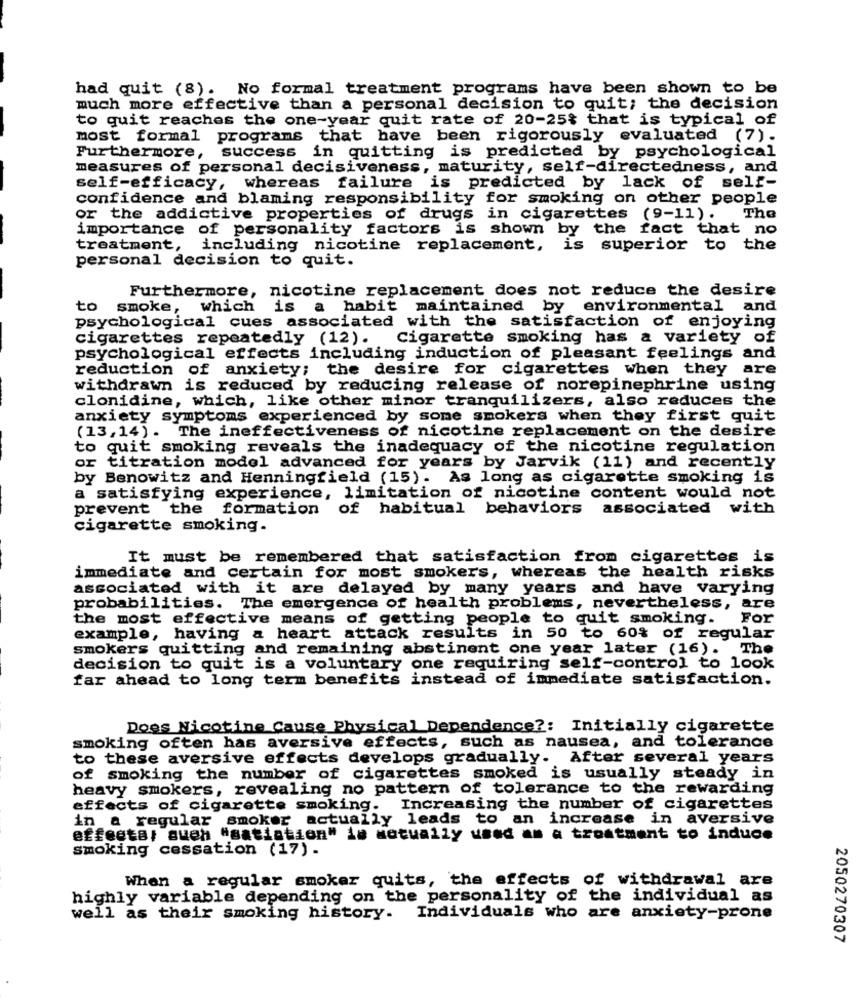
had quit (8). No formal treatment programs have been shown to be
much more effective than a personal decision to quit; the decision
to quit reaches the one-year quit rate of 20-25% that is typical of
most formal programs that have been rigorously evaluated (7).
Furthermore, success in quitting is predicted by psychological
measures of personal decisiveness, maturity, self-directedness, and
self-efficacy, whereas failure is predicted by lack of self-
confidence and blaming responsibility for smoking on other people
or the addictive properties of drugs in cigarettes (9-11). The
importance of personality factors is shown by the fact that no
treatment, including nicotine replacement, is superior to the
personal decision to quit.
Furthermore, nicotine replacement does not reduce the desire
to smoke,
, which is a habit maintained by environmental and
psychological cues associated with the satisfaction of enjoying
cigarettes repeatedly (12).
Cigarette smoking has a variety of
psychological effects including induction of pleasant feelings and
reduction of anxiety; the desire for cigarettes when they are
withdrawn is reduced by reducing release of norepinephrine using
clonidine, which, like other minor tranquilizers, also reduces the
anxiety symptoms experienced by some smokers when they first quit
(13,14). The ineffectiveness of nicotine replacement on the desire
to quit smoking reveals the inadequacy of the nicotine regulation
or titration model advanced for years by Jarvik (11) and recently
by Benowitz and Henningfield (15). As long as cigarette smoking is
a satisfying experience, limitation of nicotine content would not
prevent the formation of habitual behaviors
associated with
cigarette smoking.
It must be remembered that satisfaction from cigarettes is
immediate and certain for most smokers, whereas the health risks
associated with it are delayed by many years and have varying
probabilities. The emergence of health problems, nevertheless, are
the most effective means of getting people to quit smoking. For
example, having a heart attack results in 50 to 60% of regular
smokers quitting and remaining abstinent one year later (16). The
decision to quit is a voluntary one requiring self-control to look
far ahead to long term benefits instead of immediate satisfaction.
Does Nicotine Cause Physical Dependence ?: Initially cigarette
smoking often has aversive effects, such as nausea, and tolerance
to these aversive effects develops gradually. After several years
of smoking the number of cigarettes smoked is usually steady in
heavy smokers, revealing no pattern of tolerance to the rewarding
effects of cigarette smoking. Increasing the number of cigarettes
in a regular smoker actually leads to an increase in aversive
effects, such "satiation" is sotually used as a treatment to induce
smoking cessation (17).
When a regular smoker quits, the effects of withdrawal are
highly variable depending on the personality of the individual as
well as their smoking history. Individuals who are anxiety-prone
2050270307